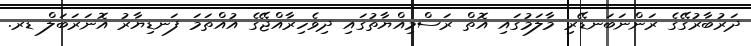
ދަރުބާރުގޭގެ ރަންނަބަނޑޭރި މާލަމުގައި އޮތް ރަސްމިއްޔާތުގައި ދިވެހިރާއްޖޭގެ އުއްތަމަ ފަނޑިޔާރު އޮނަރަބަލް ޑރ.